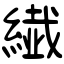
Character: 繊